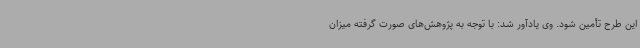
این طرح تأمین شود. وی یادآور شد: با توجه به پژوهش‌های صورت گرفته میزان